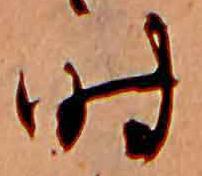
時